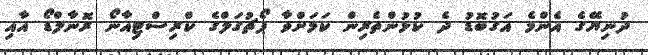
ދުނިޔޭގެ އެންމެ އަގުބޮޑު ދެ ކުޅުންތެރިން ކަމަށްވާ ޕޯޗުގަލްގެ ކްރިސްޓިއާނޯ ރޮނާލްޑޯ އާއި